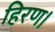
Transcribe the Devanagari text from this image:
हिरण।